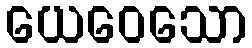
ယေဝေသော